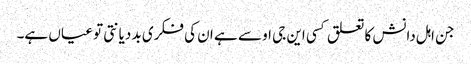
جن اہل دانش کا تعلق کسی این جی او سے ہے ان کی فکری بد دیانتی تو عیاں ہے۔